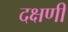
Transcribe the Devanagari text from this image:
दक्षणी